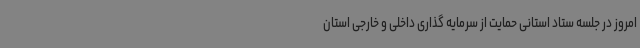
امروز در جلسه ستاد استانی حمایت از سرمایه گذاری داخلی و خارجی استان